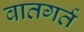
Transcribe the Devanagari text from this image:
वातगर्त